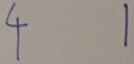
4 1